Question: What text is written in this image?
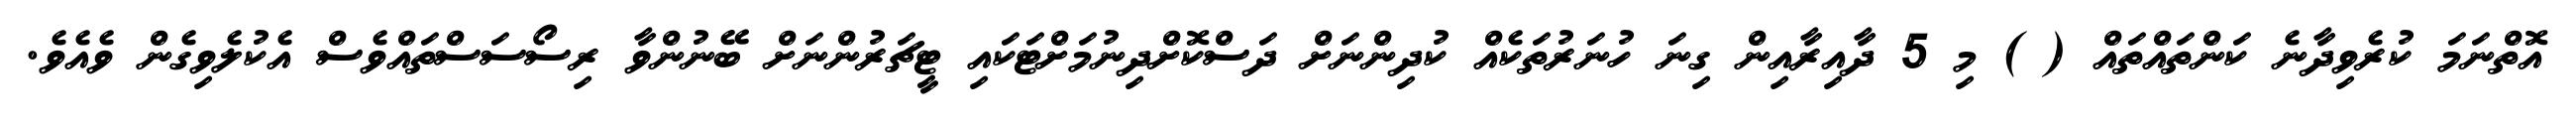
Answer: އޮތްނަމަ ކުރެވިދާނެ ކަންތައްތައް ( ) މި 5 ދާއިރާއިން ގިނަ ހުނަރުތަކެއް ކުދިންނަށް ދަސްކޮށްދިނުމަށްޓަކައި ޓީޗަރުންނަށް ބޭނުންވާ ރިސޯސަސްތައްވެސް އެކުލެވިގެން ވެއެވެ.